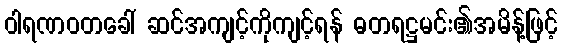
ဝါရဏဝတခေါ် ဆင်အကျင့်ကိုကျင့်ရန် ဓတရဋ္ဌမင်း၏အမိန့်ဖြင့်